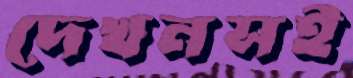
দেখনসই